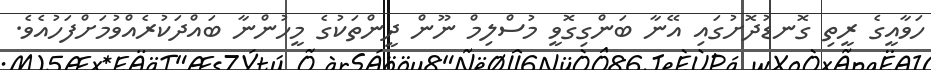
ހަވާއީގެ ރީތި ގޮނޑުދޮށުގައި އޭނާ ބަންގިގޮވީ މުސްލިމް ނޫން ދީންތަކުގެ މީހުންނާ ބައްދަކުރެއްވުމަށްފަހުއެވެ.